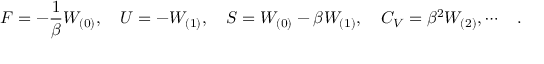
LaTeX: F = - { \frac { 1 } { \beta } } W _ { ( 0 ) } , \quad U = - W _ { ( 1 ) } , \quad S = W _ { ( 0 ) } - \beta W _ { ( 1 ) } , \quad C _ { V } = \beta ^ { 2 } W _ { ( 2 ) } , \cdots \quad .